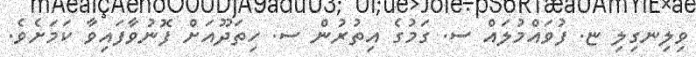
ވިލިނގިލި ޏ. ފުވައްމުލައް ސ. ގަމުގެ އިތުރުން ސ. ހިތަދޫއަށް ފޮނުވާފައިވާ ކަމަށެވެ.